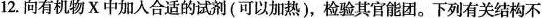
12.向有机物X中加入合适的试剂(可以加热)，检验其官能团。下列有关结构不